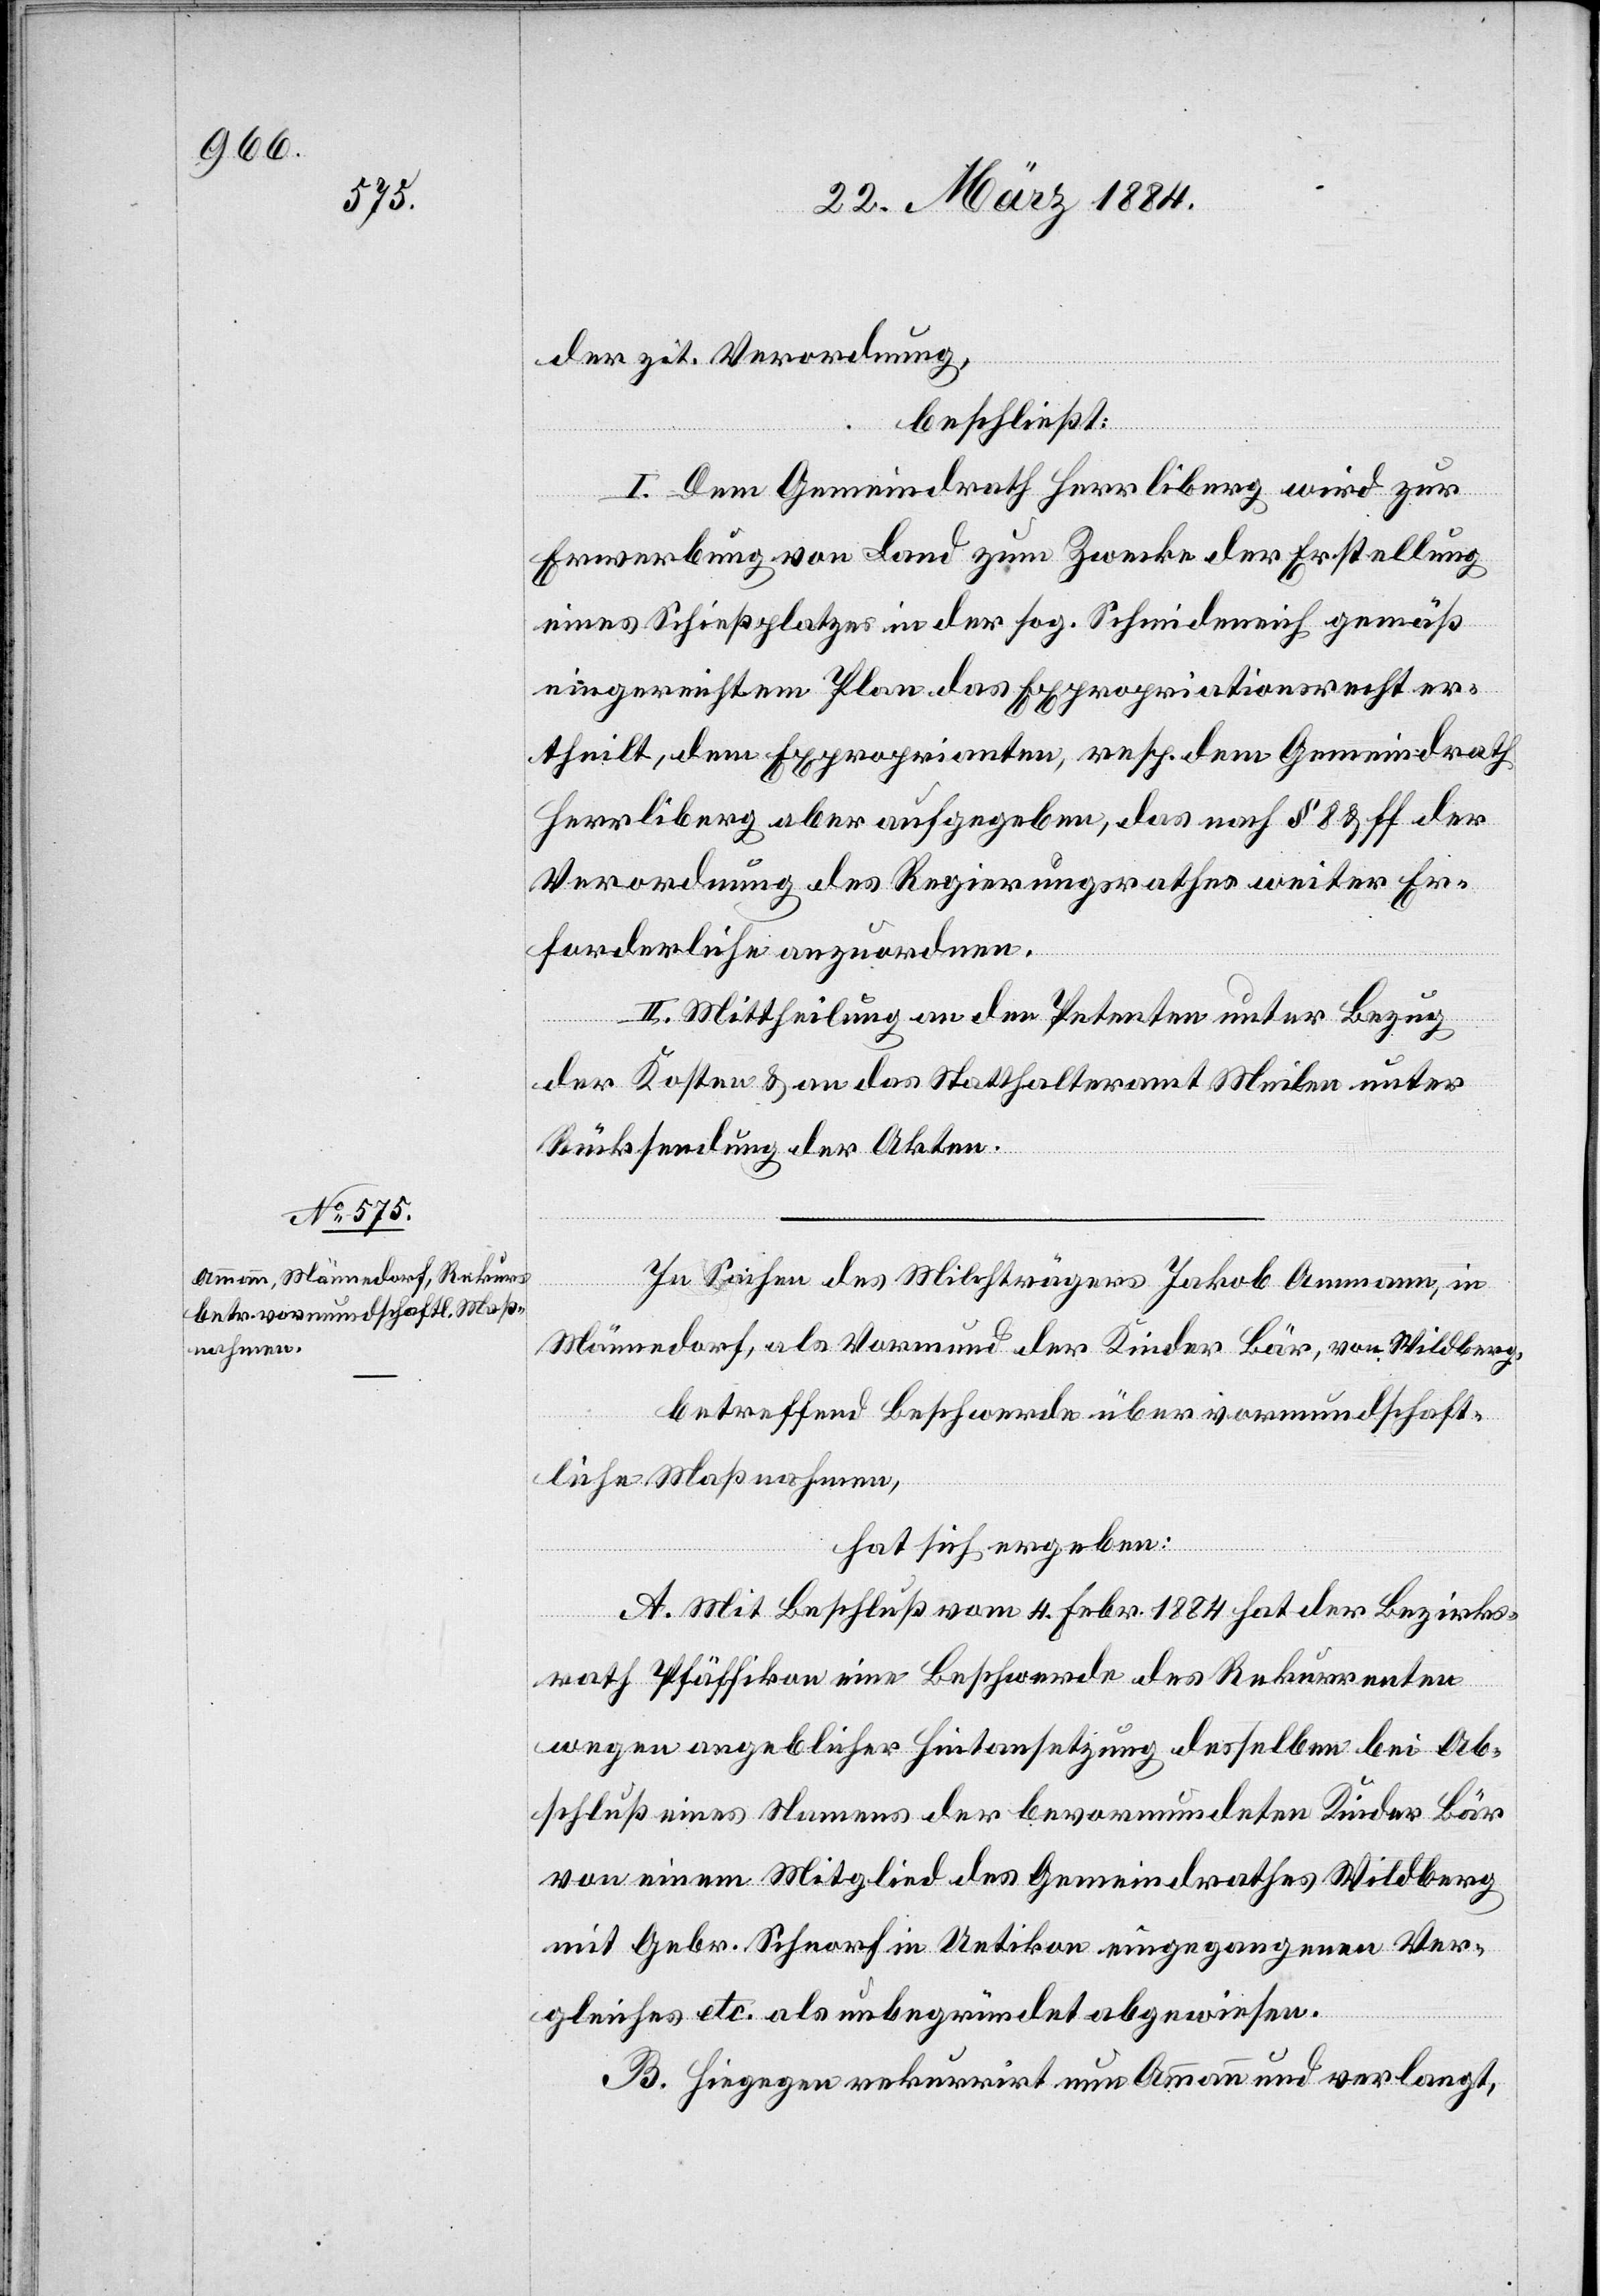
der zit. Verordnung,
beschließt:
I. Dem Gemeindrath Herrliberg, wird zur
Erwerbung von Land zum Zwecke der Erstellung
eines Schießplatzes in der sog. Schmideneich gemäß
eingereichtem Plan das Expropriationsrecht er¬
theilt, dem Exproprianten, resp. dem Gemeindrath
Herrliberg aber aufgegeben, das nach § 8 & ff der
Verordnung des Regierungsrathes weiter Er¬
forderliche anzuordnen.
II. Mittheilung an den Petenten unter Bezug
der Kosten & an das Statthalteramt Meilen unter
Rücksendung der Akten.
In Sachen des Milchträgers Jakob Ammann, in
Männedorf, als Vormund der Kinder Bär, von Wildberg,
betreffend Beschwerde über vormundschaft¬
liche Maßnahmen,
hat sich ergeben:
A. Mit Beschluß vom 4. Febr. 1884 hat der Bezirks¬
rath Pfäffikon eine Beschwerde des Rekurrenten
wegen angeblicher Hintansetzung desselben bei Ab¬
schluß eines Namens der bevormundeten Kinder Bär
von einem Mitglied des Gemeindrathes Wildberg
mit Gebr. Schnorf in Uetikon eingegangenen Ver¬
gleichs etc. als unbegründet abgewiesen.
B. Hiegegen rekurrirt nun Ammann und verlangt,